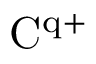
\mathrm { C ^ { q + } }